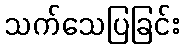
သက်သေပြခြင်း